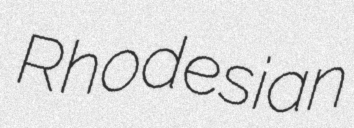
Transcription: Rhodesian